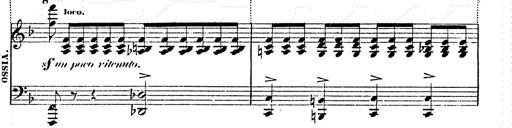
Title: Franz Schuberts geistliche Lieder
Composer: Franz Liszt